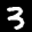
Label: 3